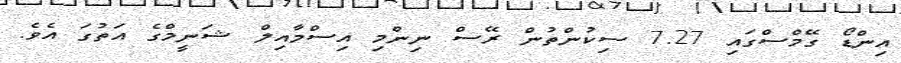
އިންޑޯ ގޭމްސްގައި 7.27 ސިކުންތުން ރޭސް ނިންމި އިސްމާއިލް ޝަނީމްގެ އަތުގަ އެވެ.